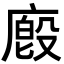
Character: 廏